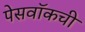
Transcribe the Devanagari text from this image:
पेसवॉकची